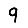
Digit: 9